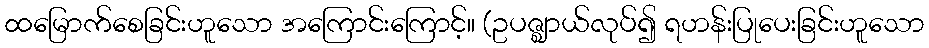
ထမြောက်စေခြင်းဟူသော အကြောင်းကြောင့်။ (ဥပဇ္ဈာယ်လုပ်၍ ရဟန်းပြုပေးခြင်းဟူသော